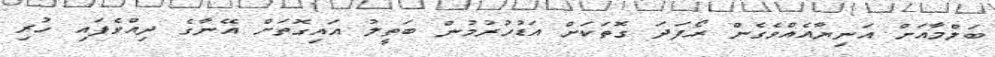
ބަލްމާއަށް އަނިޔާއެއްވެގެން ރޯފަދަ ގޮތަކަށް އަޑުހުރުމުން ބަތީލު އައިގޮތަށް އޭނާގެ ދިއްވެފައި ހުރި